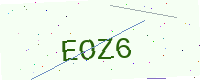
Text: EOZ6